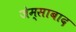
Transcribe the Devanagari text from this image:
जेम्साबाद